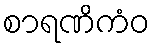
စာရဏိကံဝ